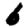
Digit: 6